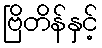
ဗြိတိန်နှင့်